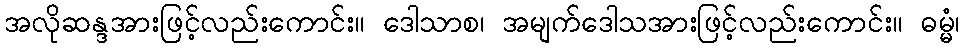
အလိုဆန္ဒအားဖြင့်လည်းကောင်း။ ဒေါသာစ၊ အမျက်ဒေါသအားဖြင့်လည်းကောင်း။ ဓမ္မံ၊